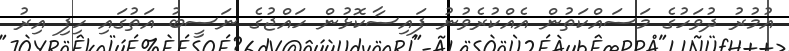
އުމުރު ދުވަހުގެ މަސައްކަތުން އެއްކުރެވުނު ފައިސާކޮޅުން ހައްޖުގެ ނަސީބު އަތުގައި ހިފި އިރު